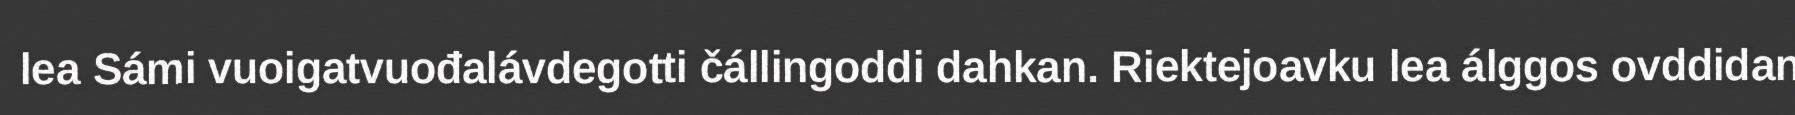
lea Sámi vuoigatvuođalávdegotti čállingoddi dahkan. Riektejoavku lea álggos ovddidan